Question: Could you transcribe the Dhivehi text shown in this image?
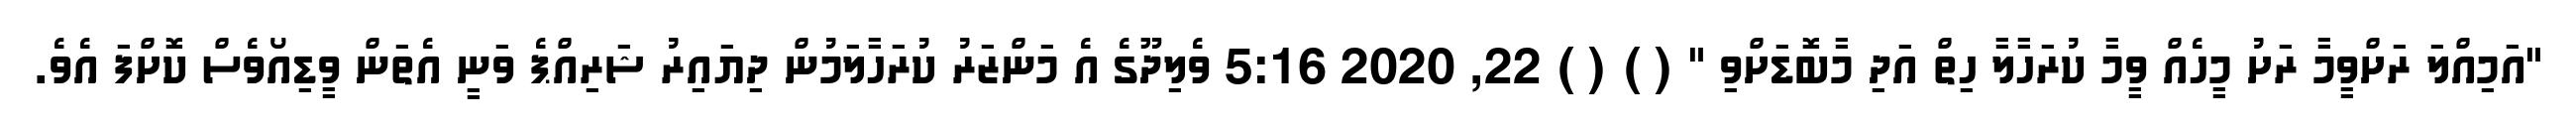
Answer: "އަމިއްލަ ރަށްވީމާ ރަށު މީހެއް ވީމާ ކުރަހާލާ ހިތް އަދި މާބޮޑަށްވި " ( ) ( ) 22, 2020 5:16 ވެލިދޫގެ އެ މަންޒަރު ކުރަހާލަމުން ދިޔައިރު ޝަރިއްޕެ ވަނީ އެތަން ވީޑިއޯވެސް ކޮށްފަ އެވެ.